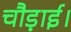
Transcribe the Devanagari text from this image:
चौड़ाई।